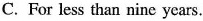
C.For less than nine years.